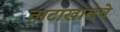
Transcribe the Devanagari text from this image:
ताटाखालचे